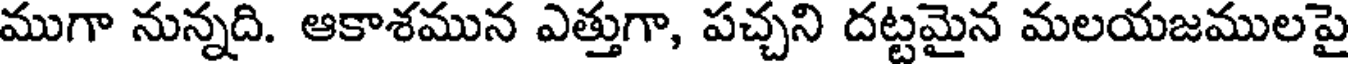
ముగా నున్నది. ఆకాశమున ఎత్తుగా, పచ్చని దట్టమైన మలయజములపై